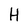
Character: H